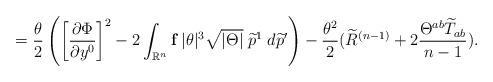
LaTeX: \begin{align*} =\frac{\theta}{2}\left(\left[\frac{\partial \Phi}{\partial y^0}\right]^2-2\int_{\mathbb{R}^n}\textbf{f}\;|\theta|^3 \sqrt{|\Theta|} \;\widetilde{p}^1\;d\widetilde{p}'\right)-\frac{\theta^2}{2} (\widetilde{R}^{(n-1)}+2\frac{\Theta^{ab}\widetilde{T}_{ab}}{n-1}). \end{align*}